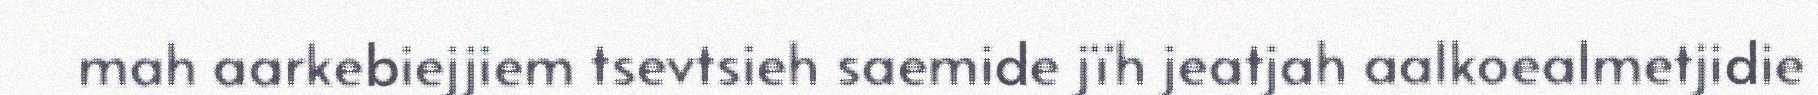
mah aarkebiejjiem tsevtsieh saemide jïh jeatjah aalkoealmetjidie